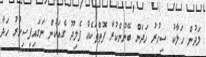
ލަދުން ހަލާކު ސިހުރު ހަދަން ބޭނުންކުރާ ފޮތްތަކެއް ފެލިދޫ ގެއަކުން ނަގައިފިސިހުރު ހަދާ